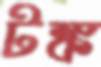
টঙ্ক